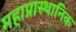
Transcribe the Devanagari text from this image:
महाप्रास्थानिक